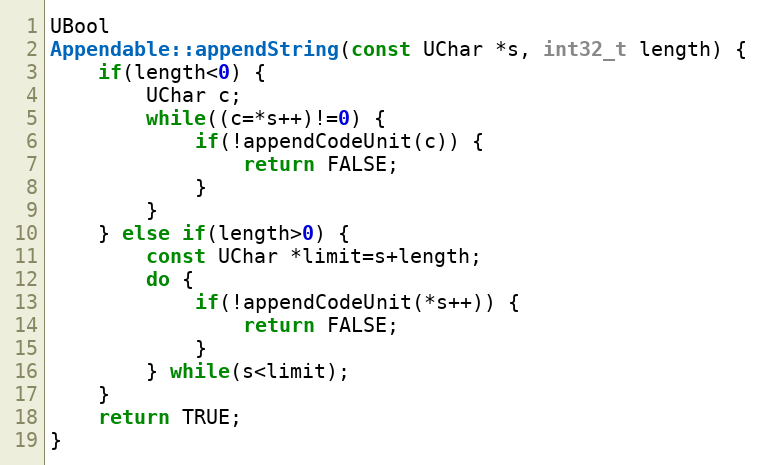
Language: C++
UBool
Appendable::appendString(const UChar *s, int32_t length) {
    if(length<0) {
        UChar c;
        while((c=*s++)!=0) {
            if(!appendCodeUnit(c)) {
                return FALSE;
            }
        }
    } else if(length>0) {
        const UChar *limit=s+length;
        do {
            if(!appendCodeUnit(*s++)) {
                return FALSE;
            }
        } while(s<limit);
    }
    return TRUE;
}